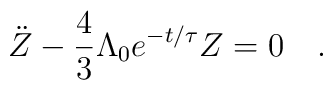
\ddot Z - \frac{4}{3}\Lambda_0e^{-t/\tau}Z = 0 \quad .